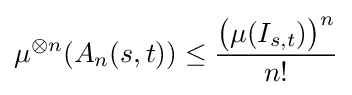
\mu ^{\otimes n}(A_{n}(s,t))\leq {\frac {{\bigl (}\mu (I_{s,t}){\bigr )}^{n}}{n!}}